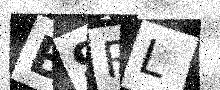
Text: B9RL